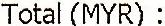
TOTAL(MYR) :